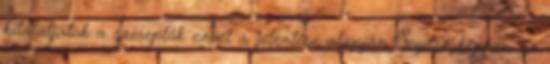
kitaláljátok a szereplők nevét a jelentése alapján Segítségképpen az